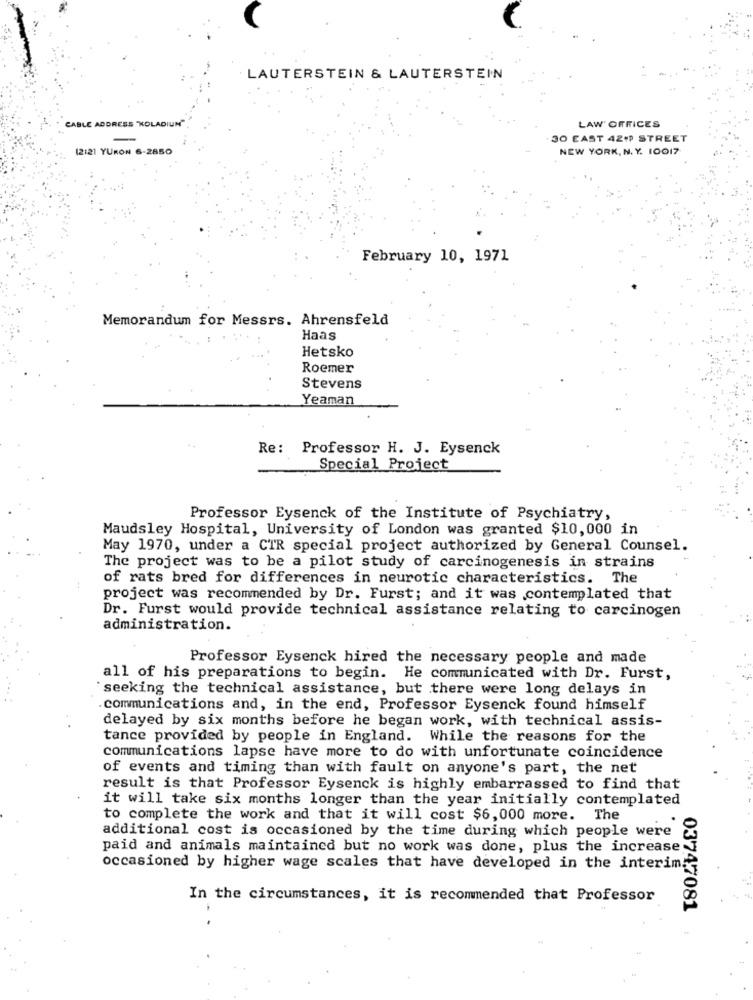
LAUTERSTEIN & LAUTERSTEIN
CABLE ADDRESS "KOLADIUM"
LAW OFFICES
30 EAST 421 STREET
12121 YUKON 6-2850
NEW YORK, N. Y. 10017
February 10, 1971
Memorandum for Messrs. Ahrensfeld
Haas
Hetsko
Roemer
Stevens
Yeaman
Re: Professor H. J. Eysenck
Special Project
Professor Eysenck of the Institute of Psychiatry,
Maudsley Hospital, University of London was granted $10,000 in
May 1970, under a CTR special project authorized by General Counsel.
The project was to be a pilot study of carcinogenesis in strains
of rats bred for differences in neurotic characteristics. The
project was recommended by Dr. Furst; and it was contemplated that
Dr. Furst would provide technical assistance relating to carcinogen
administration.
Professor Eysenck hired the necessary people and made
all of his preparations to begin. He communicated with Dr. Furst,
seeking the technical assistance, but there were long delays in
communications and, in the end, Professor Eysenck found himself
delayed by six months before he began work, with technical assis-
tance provided by people in England. While the reasons for the
communications lapse have more to do with unfortunate coincidence
of events and timing than with fault on anyone's part, the net
result is that Professor Eysenck is highly embarrassed to find that
it will take six months longer than the year initially contemplated
to complete the work and that it will cost $6,000 more. The
additional cost is occasioned by the time during which people were
paid and animals maintained but no work was done, plus the increase
occasioned by higher wage scales that have developed in the interim
In the circumstances, it is recommended that Professor
03747081